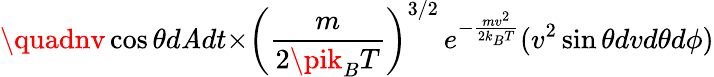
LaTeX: \quadnv\cos{\theta}d\mathit{A}dt{\times}\left({\frac{{m}}{{2\pik_{B}T}}}\right)^{3/2}\, e^{-{\frac{{mv^{2}}}{{2k_{B}T}}}}(v^{2}\sin{\theta}dv{d\theta}d\phi)